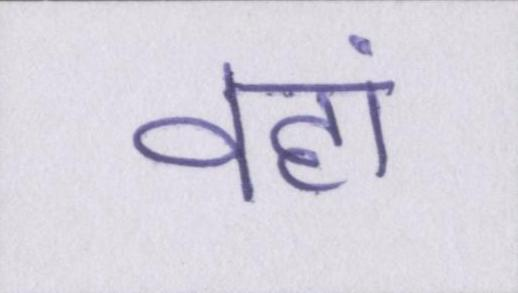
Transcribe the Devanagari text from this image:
वहां